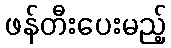
ဖန်တီးပေးမည့်